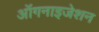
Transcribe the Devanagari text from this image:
ऑगनाइजेशन